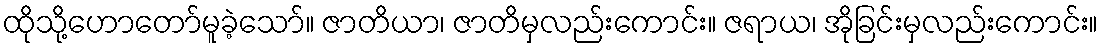
ထိုသို့ဟောတော်မူခဲ့သော်။ ဇာတိယာ၊ ဇာတိမှလည်းကောင်း။ ဇရာယ၊ အိုခြင်းမှလည်းကောင်း။